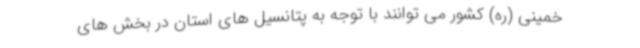
خمینی (ره) کشور می توانند با توجه به پتانسیل های استان در بخش های